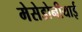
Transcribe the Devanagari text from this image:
मेसेडोनीयाई